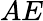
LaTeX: AE